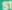
ST